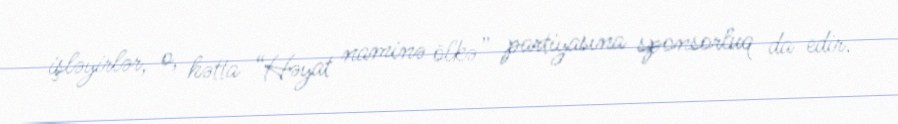
işləyirlər, o, hətta “Həyat naminə ölkə” partiyasına sponsorluq da edir.